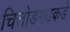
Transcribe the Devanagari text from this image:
चित्तोडगढकडे